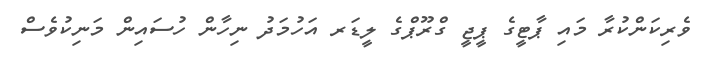
ވެރިކަންކުރާ މައި ޕާޓީގެ ޕީޖީ ގްރޫޕްގެ ލީޑަރ އަހުމަދު ނިހާން ހުސައިން މަނިކުވެސް